Code of medical and sanitary regulations for the guidance of medical officers serving in the Madras Presidency - Volume II
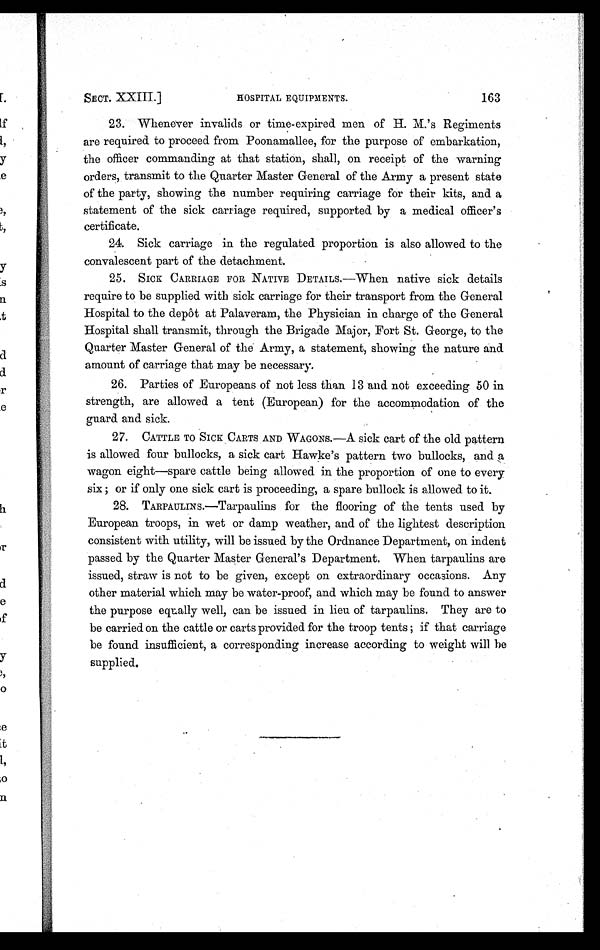
SECT. XXIII.]
HOSPITAL EQUIPMENTS.
163
23. Whenever invalids or time-expired men of H. M.'s Regiments
are required to proceed from Poonamallee, for the purpose of embarkation,
the officer commanding at that station, shall, on receipt of the warning
orders, transmit to the Quarter Master General of the Army a present state
of the party, showing the number requiring carriage for their kits, and a
statement of the sick carriage required, supported by a medical officer's
certificate.
24. Sick carriage in the regulated proportion is also allowed to the
convalescent part of the detachment.
25.
SICK CARRIAGE FOR NATIVE DETAILS.—When native sick details
require to be supplied with sick carriage for their transport from the General
Hospital to the depôt at Palaveram, the Physician in charge of the General
Hospital shall transmit, through the Brigade Major, Fort St. George, to the
Quarter Master General of the Army, a statement, showing the nature and
amount of carriage that may be necessary.
26. Parties of Europeans of not less than 13 and not exceeding 50 in
strength, are allowed a tent (European) for the accommodation of the
guard and sick.
27.
CATTLE TO SICK CARTS AND WAGONS.—A sick cart of the old pattern
is allowed four bullocks, a sick cart Hawke's pattern two bullocks, and a
wagon eight—spare cattle being allowed in the proportion of one to every
six; or if only one sick cart is proceeding, a spare bullock is allowed to it.
28. TARPAULINS.—Tarpaulins for the flooring of the tents used by
European troops, in wet or damp weather, and of the lightest description
consistent with utility, will be issued by the Ordnance Department, on indent
passed by the Quarter Master General's Department. When tarpaulins are
issued, straw is not to be given, except on extraordinary occasions. Any
other material which may be water-proof, and which may be found to answer
the purpose equally well, can be issued in lieu of tarpaulins. They are to
be carried on the cattle or carts provided for the troop tents; if that carriage
be found insufficient, a corresponding increase according to weight will be
supplied.